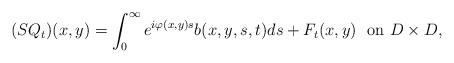
LaTeX: \begin{align*}(SQ_t)(x,y)=\int^\infty_0e^{i\varphi(x,y)s}b(x,y,s,t)ds+F_t(x,y)\ \ \mbox{on $D\times D$},\end{align*}